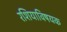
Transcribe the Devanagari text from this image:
रशियाविषयक